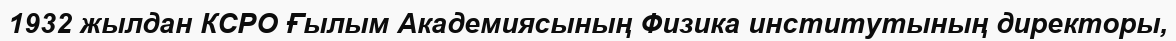
1932 жылдан КСРО Ғылым Академиясының Физика институтының директоры,